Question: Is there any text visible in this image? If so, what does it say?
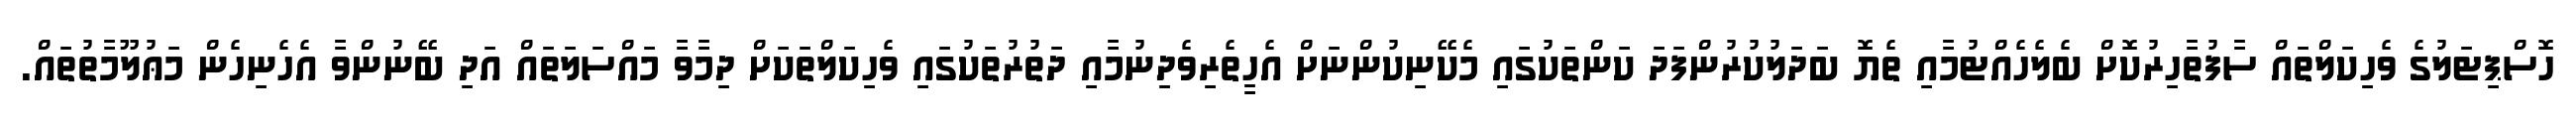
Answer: ހޮސްޕިޓަލުގެ ވެހިކަލްތައް ސާފުތާހިރުކޮށް ބެލެހެއްޓުމާއި ތެޔޮ ބަދަލުކުރުންފަދަ ކަންތަކުގައި މެކޭނިކުންނަށް އެހީތެރިވެދިނުމާއި ދަތުރުތަކުގައި ވެހިކަލްތަކަށް ދިމާވާ މައްސަލަތައް އަދި ބޭނުންވާ އެހެނިހެން މަޢުލޫމާތުތައް.